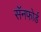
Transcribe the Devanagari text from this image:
सॅनफोर्ड